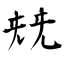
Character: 兓